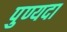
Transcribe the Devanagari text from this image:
पुण्यदा